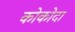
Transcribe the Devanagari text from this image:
कोकोदा